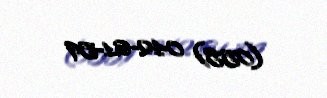
(055) 042-61-59